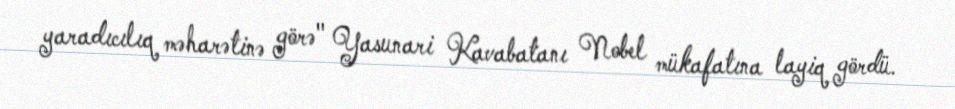
yaradıcılıq məharətinə görə" Yasunari Kavabatanı Nobel mükafatına layiq gördü.